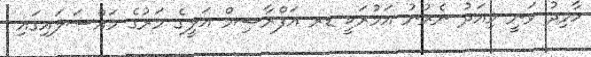
ހާމިދު ވަނީ މިއަދު ނެރުނު އަމުރަކީ ޑރ އަފްރާޝިމް އަލީގެ މަރުގެ މައްސަލައިގައި